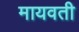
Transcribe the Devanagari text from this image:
मायवती